Leaving Certificate Examination, 1910
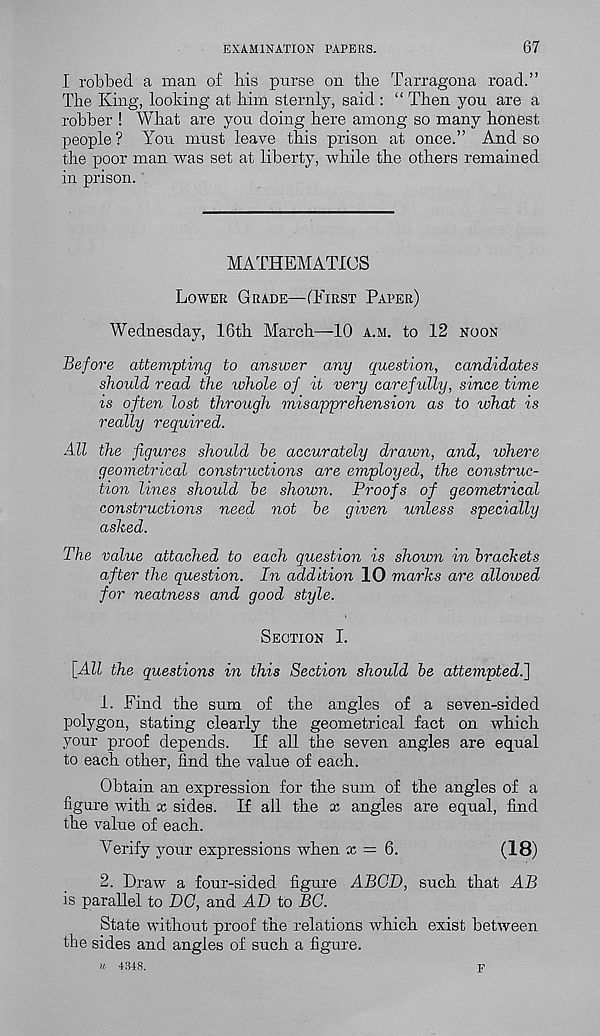
EXAMINATION PAPERS.
67
I robbed a man of his purse on the Tarragona road.”
The King, looking at him sternly, said : “ Then you are a
robber ! What are you doing here among so many honest
people? You must leave this prison at once.” And so
the poor man was set at liberty, while the others remained
in prison.
MATHEMATICS
Lower Grade—CFirst Paper)
Wednesday, 16th March—10 a.m. to 12 noon
Before attempting to answer any question, candidates
should read the whole of it very carefully, since time
is often lost through misapprehension as to what is
really required.
All the figures should be accurately drawn, and, where
geometrical constructions are employed, the construc-
tion lines should be shown. Proofs of geometrical
constructions need not be given unless specially
ashed.
The value attached to each question is shown in brackets
after the question. In addition 10 marks are allowed
for neatness and good style.
Section I.
[All the questions in this Section should be attempted.]
1. Find the sum of the angles of a seven-sided
polygon, stating clearly the geometrical fact on which
your proof depends. If all the seven angles are equal
to each other, find the value of each.
Obtain an expression for the sum of the angles of a
figure with x sides. If ail the x angles are equal, find
the value of each.
Verify your expressions when x = 6.
(18)
2. Draw a four-sided figure ABCD, such that AB
is parallel to DG, and AD to BC.
State without proof the relations which exist between
tbe sides and angles of such a figure.
n 4318.
F